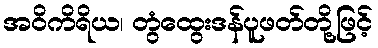
အဝိကိရိယ၊ တွံထွေးဒန်ပူဖတ်တို့ဖြင့်